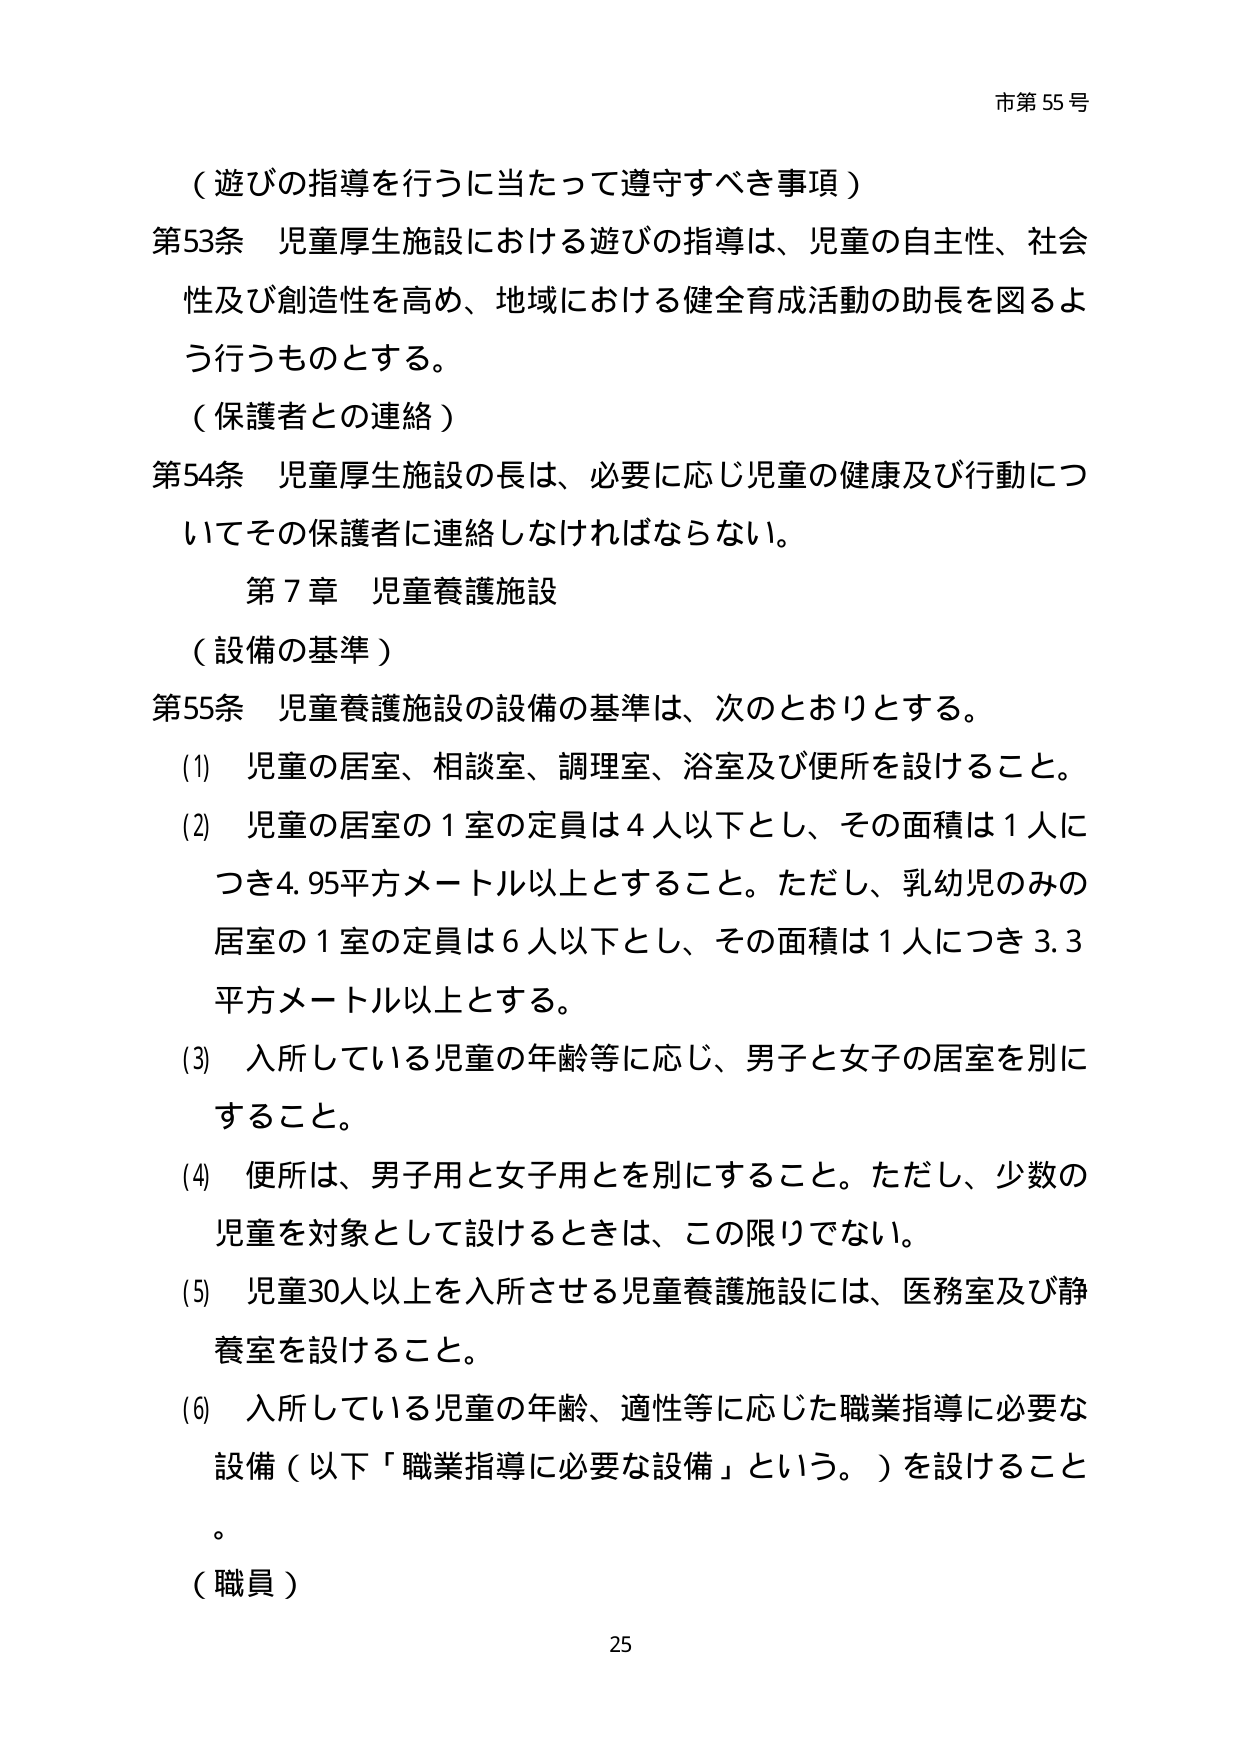
市第55号

（遊びの指導を行うに当たって遵守すべき事項）

第53条 児童厚生施設における遊びの指導は、児童の自主性、社会性及び創造性を高め、地域における健全育成活動の助長を図るよう行うものとする。

（保護者との連絡）

第54条 児童厚生施設の長は、必要に応じ児童の健康及び行動についてその保護者に連絡しなければならない。

第7章 児童養護施設

（設備の基準）

第55条 児童養護施設の設備の基準は、次のとおりとする。

(1) 児童の居室、相談室、調理室、浴室及び便所を設けること。

(2) 児童の居室の1室の定員は4人以下とし、その面積は1人につき4.95平方メートル以上とすること。ただし、乳幼児のみの居室の1室の定員は6人以下とし、その面積は1人につき3.3平方メートル以上とする。

(3) 入所している児童の年齢等に応じ、男子と女子の居室を別にすること。

(4) 便所は、男子用と女子用とを別にすること。ただし、少数の児童を対象として設けるときは、この限りでない。

(5) 児童30人以上を入所させる児童養護施設には、医務室及び静養室を設けること。

(6) 入所している児童の年齢、適性等に応じた職業指導に必要な設備（以下「職業指導に必要な設備」という。）を設けること。

（職員）

25